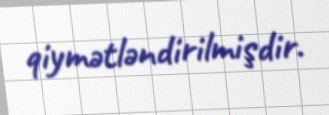
qiymətləndirilmişdir.